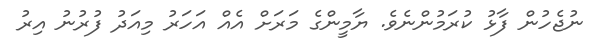
ނުޖެހުން ފާޅު ކުރަމުންނެވެ. ޔާމީންގެ މަރަށް އެއް އަހަރު މިއަދު ފުރުނު އިރު